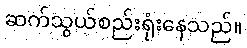
ဆက်သွယ်စည်းရုံးနေသည်။